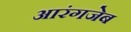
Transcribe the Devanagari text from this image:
आरंगजेब